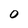
Character: 0